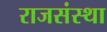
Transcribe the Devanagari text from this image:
राजसंस्था